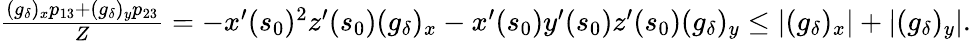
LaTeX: \begin{array}{r}{\frac{(g_{\delta})_{x}p_{13}+(g_{\delta})_{y}p_{23}}{Z}=-x^{\prime}(s_{0})^{2}z^{\prime}(s_{0})(g_{\delta})_{x}-x^{\prime}(s_{0})y^{\prime}(s_{0})z^{\prime}(s_{0})(g_{\delta})_{y}\leq|(g_{\delta})_{x}|+|(g_{\delta})_{y}|.}\end{array}